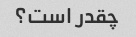
چقدر است؟